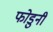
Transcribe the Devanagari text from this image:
फोडुनी